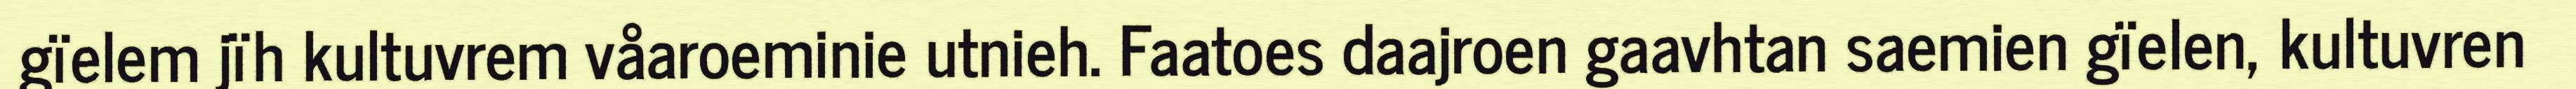
gïelem jïh kultuvrem våaroeminie utnieh. Faatoes daajroen gaavhtan saemien gïelen, kultuvren